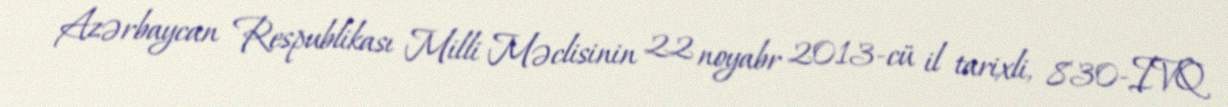
Azərbaycan Respublikası Milli Məclisinin 22 noyabr 2013-cü il tarixli, 830-IVQ